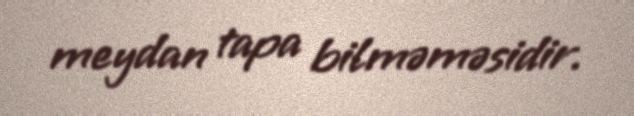
meydan tapa bilməməsidir.